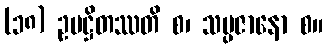
(၁၈) ဥပဋ္ဌိတဿတိ စ၊ သမ္ပဇာနော စ။